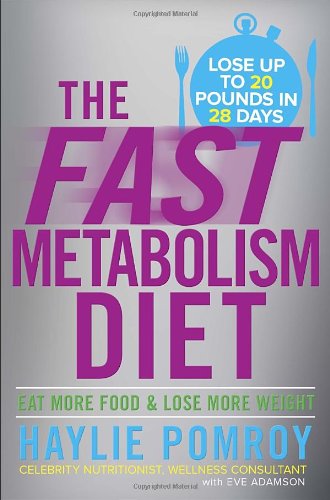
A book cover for The Fast Metabolism Diet: Eat More Food and Lose More Weight; Haylie Pomroy; Medical Books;